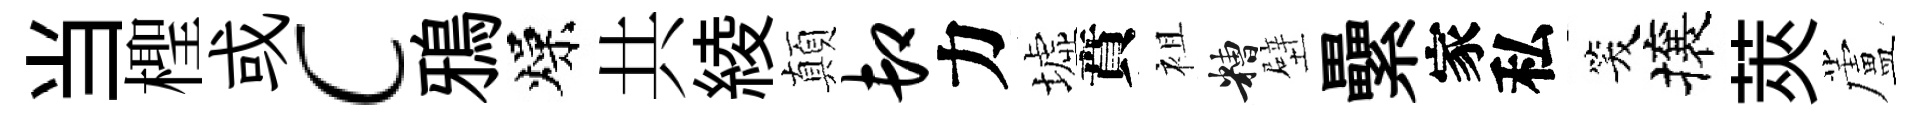
当檉或c鴉燥共綾顛卸力墟賁袓糟壁纍家私笑攘莢蘆